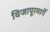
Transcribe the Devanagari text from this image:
विजापूरमार्गे